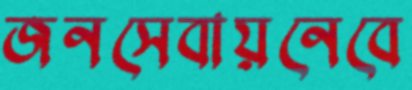
জনসেবায়নেবে